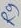
Text: R9